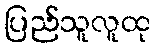
ပြည်သူလူထု